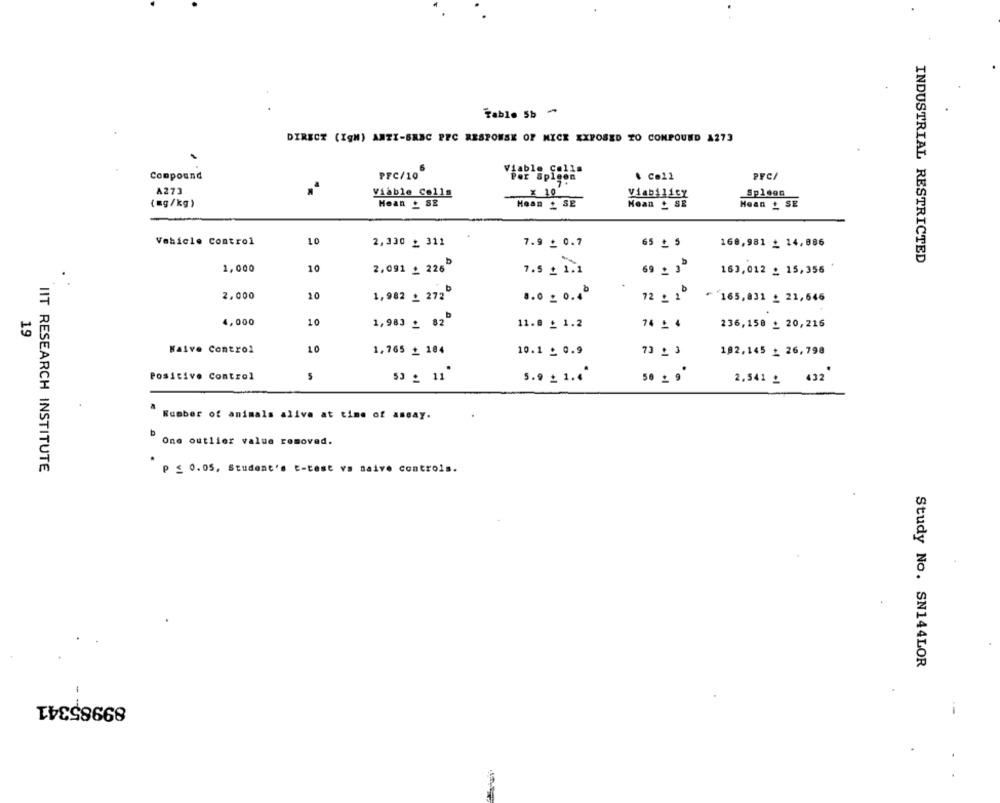
Table 5b *
DIRECT (IgM) ANTI-SABC PFC RESPONSE OF MICE EXPOSED TO COMPOUND AZ73
Compound
PFC/10
& Co21
PYC/
A273
Viable Cells
Viability
Spleen
(mg/kg)
Hoan _ 82
Mean 2 SE
Mean _ SE
Mean _ SE
Vehicle Control
10
2,330 _ 311
7.9 _ 0.7
65 _5
168,981 _ 14,886
INDUSTRIAL RESTRICTED
1,000
10
2,091 _ 2265
7.5 £ 1.1
69 2 3º
163,012 £ 15,356
2.000
10
1,982 _ 272
.. 0 _ 0.4º
72 _ 1
* 165,831 _ 21,646
4,000
10
1,983 _ 82
11.8 _ 1.2
14 : 4
236,158 _ 20,216
19
Naive Control
10
1,765 _ 184
10.1 _ 0.9
73 _ 3
192,145 _ 26,798
Positive Control
53 _ 11
5.9 _ 1.4
50 = 9
2,541 _ 432
Number of animals alive at time of aseay.
One outlier value removed.
IIT RESEARCH INSTITUTE
P £ 0.05, Student's t-test vs naive controls.
Study No. SN144LOR
89985341